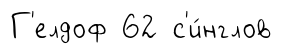
Г'елдоф 62 с'и́нглов